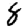
Digit: 8